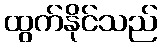
ထွက်နိုင်သည်